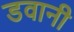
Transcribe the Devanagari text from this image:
डवानी